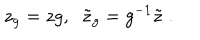
z _ { g } = z g , \; \; \tilde { z } _ { g } = g ^ { - 1 } \tilde { z } \; .